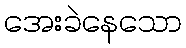
အေးခဲနေသော